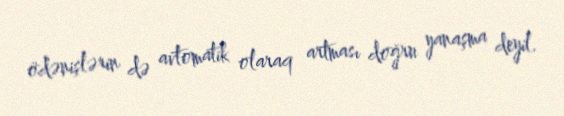
ödənişlərin də avtomatik olaraq artması doğru yanaşma deyil.